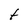
Character: t